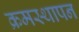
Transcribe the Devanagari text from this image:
क्रमस्थापन